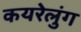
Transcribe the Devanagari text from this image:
कयरेलुंग